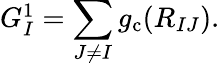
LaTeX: \begin{array}{r}{G_{I}^{1}=\displaystyle\sum_{J\neq I}{g_{\mathrm{c}}(R_{IJ})}.}\end{array}